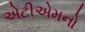
એટીએમનો